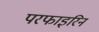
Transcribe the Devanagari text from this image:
परफाइरिन